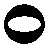
၀